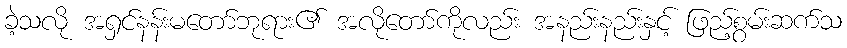
ခဲ့သလို အရှင်နန်းမတော်ဘုရား၏ အလိုတော်ကိုလည်း အနည်းနည်းနှင့် ဖြည့်စွမ်းဆက်သ